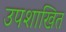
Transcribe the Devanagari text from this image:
उपशाखित